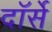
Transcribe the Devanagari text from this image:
दॉर्से